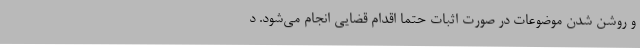
و روشن شدن موضوعات در صورت اثبات حتما اقدام قضایی انجام می‌شود. د